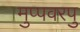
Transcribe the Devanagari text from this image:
मुप्पवरपु